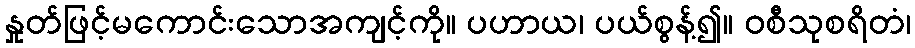
နှုတ်ဖြင့်မကောင်းသောအကျင့်ကို။ ပဟာယ၊ ပယ်စွန့်၍။ ဝစီသုစရိတံ၊